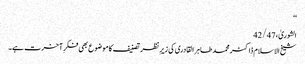
‘‘
الشوریٰ، 42/47
شیخ الاسلام ڈاکٹر محمد طاہر القادری کی زیرِ نظر تصنیف کا موضوع بھی فکرِ آخرت ہے۔